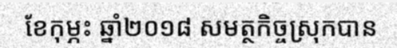
ខែកុម្ភះ ឆ្នាំ២០១៨ សមត្ថកិច្ចស្រុកបាន